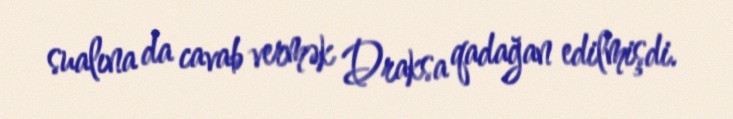
sualına da cavab vermək Draksa qadağan edilmişdi.